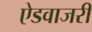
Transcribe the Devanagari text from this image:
ऐडवाजरी